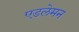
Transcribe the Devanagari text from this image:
एडलेमन